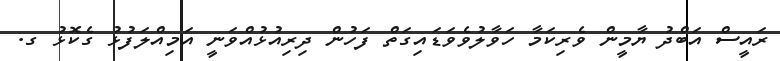
ރައީސް އަބްދު ޔާމީން ވެރިކަމާ ހަވާލުވެވަޑައިގަތް ފަހުން ދިރިއުޅުއްވަނީ އަމިއްލަފުޅު ގެކޮޅު ގ.